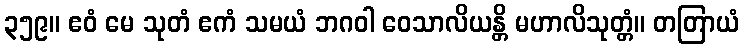
၃၅၉။ ဧဝံ မေ သုတံ ဧကံ သမယံ ဘဂဝါ ဝေသာလိယန္တိ မဟာလိသုတ္တံ။ တတြာယံ